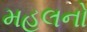
મહલનો